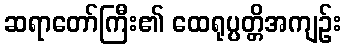
ဆရာတော်ကြီး၏ ထေရုပ္ပတ္တိအကျဉ်း